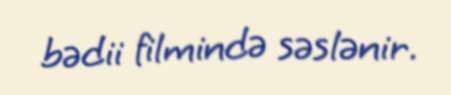
bədii filmində səslənir.